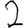
Digit: 2